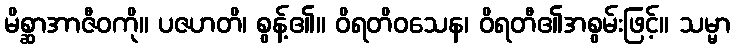
မိစ္ဆာအာဇီဝကို။ ပဇဟတိ၊ စွန့်၏။ ဝိရတိဝသေန၊ ဝိရတီ၏အစွမ်းဖြင့်။ သမ္မာ